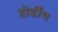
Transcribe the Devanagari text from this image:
होर्डींग